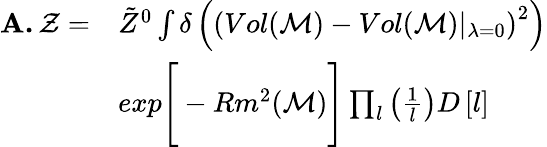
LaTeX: \begin{array}{rl}{\textbf{A.}\, \mathcal{Z}=}&{\tilde{Z}^{0}\int\delta\left(\left(Vol(\mathcal{M})-Vol(\mathcal{M})\vert_{\lambda=0}\right)^{2}\right)}\\ &{exp\Bigg[-Rm^{2}(\mathcal{M})\Bigg]\prod_{l}\left(\frac{1}{l}\right)D\left[l\right]}\end{array}